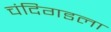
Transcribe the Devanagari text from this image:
चंदिगडला